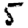
Digit: 5